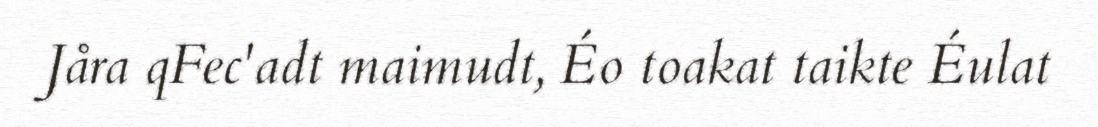
Jåra qFec'adt maimudt, Éo toakat taikte Éulat